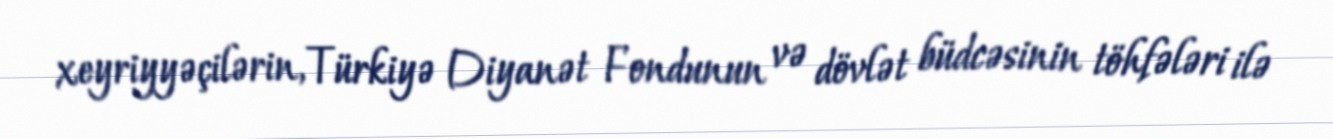
xeyriyyəçilərin, Türkiyə Diyanət Fondunun və dövlət büdcəsinin töhfələri ilə